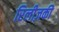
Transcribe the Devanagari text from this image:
रिलीज़की